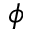
\phi